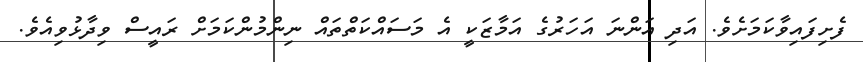
ފެށިފައިވާކަމަށެވެ. އަދި އަންނަ އަހަރުގެ އަމާޒަކީ އެ މަސައްކަތްތައް ނިންމުންކަމަށް ރައީސް ވިދާޅުވިއެވެ.